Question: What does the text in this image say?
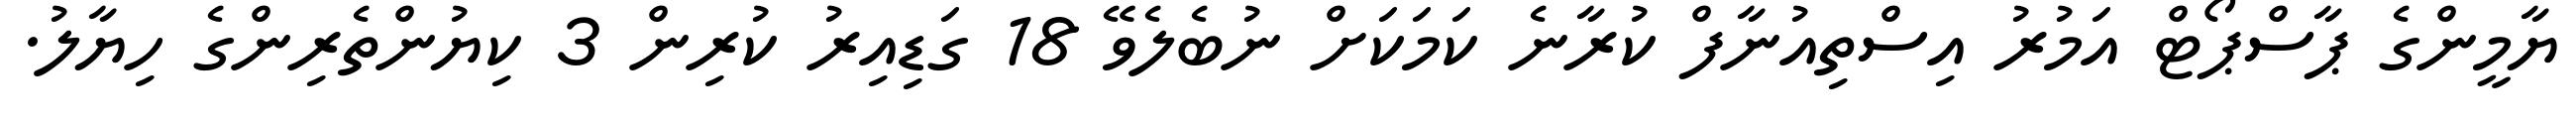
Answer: ޔާމީންގެ ޕާސްޕޯޓް އަމުރު އިސްތިއުނާފް ކުރާނެ ކަމަކަށް ނުބެލެވޭ 18 ގަޑިއިރު ކުރިން 3 ކިޔުންތެރިންގެ ހިޔާލު.